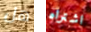
هل اشتراه